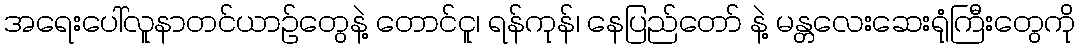
အရေးပေါ်လူနာတင်ယာဉ်တွေနဲ့ တောင်ငူ၊ ရန်ကုန်၊ နေပြည်တော် နဲ့ မန္တလေးဆေးရုံကြီးတွေကို